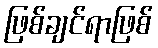
ဖြစ်ချင်ရာဖြစ်